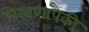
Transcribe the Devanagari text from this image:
लेखणांपैकी